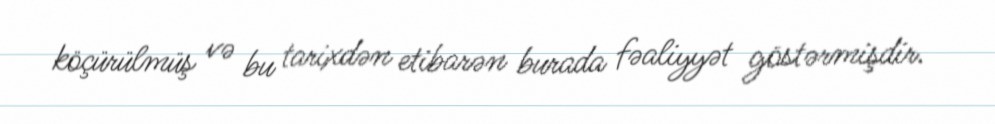
köçürülmüş və bu tarixdən etibarən burada fəaliyyət göstərmişdir.